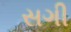
સગી